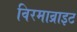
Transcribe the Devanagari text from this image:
विरमाव्राइट